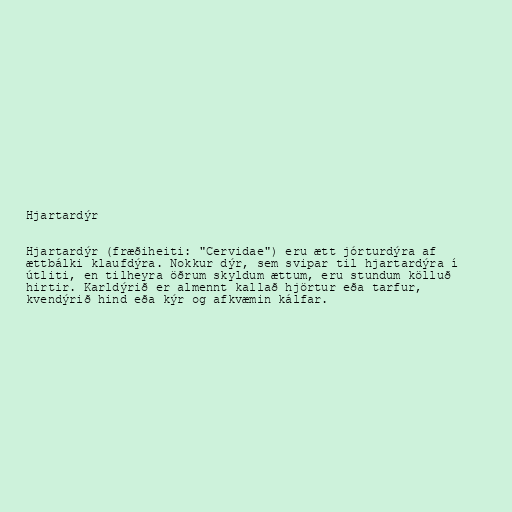
Hjartardýr

Hjartardýr (fræðiheiti: "Cervidae") eru ætt jórturdýra af
ættbálki klaufdýra. Nokkur dýr, sem svipar til hjartardýra í
útliti, en tilheyra öðrum skyldum ættum, eru stundum kölluð
hirtir. Karldýrið er almennt kallað hjörtur eða tarfur,
kvendýrið hind eða kýr og afkvæmin kálfar.